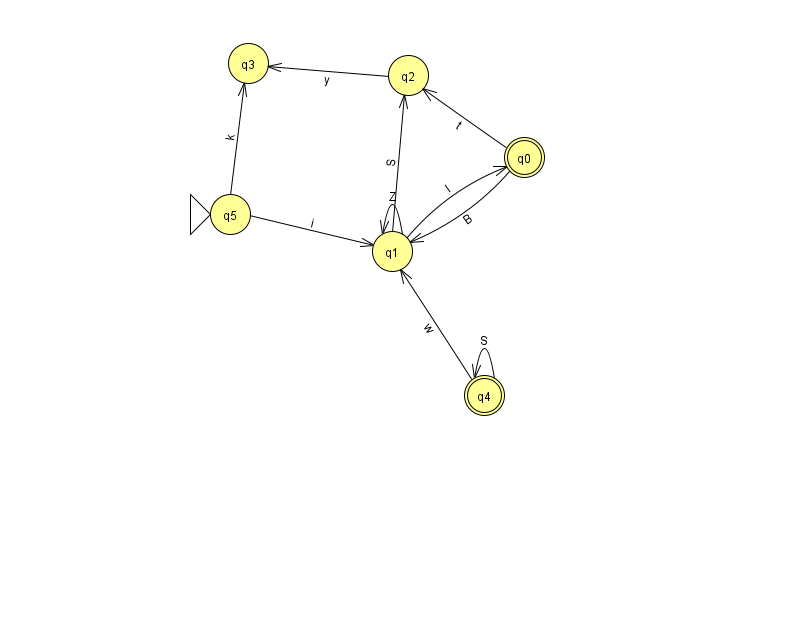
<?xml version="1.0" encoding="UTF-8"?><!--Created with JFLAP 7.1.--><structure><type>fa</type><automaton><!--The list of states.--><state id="0" name="q0"><x>524.0</x><y>144.0</y><final/></state><state id="1" name="q1"><x>392.0</x><y>238.0</y></state><state id="2" name="q2"><x>408.0</x><y>62.0</y></state><state id="3" name="q3"><x>248.0</x><y>50.0</y></state><state id="4" name="q4"><x>484.0</x><y>382.0</y><final/></state><state id="5" name="q5"><x>230.0</x><y>201.0</y><initial/></state><!--The list of transitions.--><transition><from>1</from><to>2</to><read>S</read></transition><transition><from>2</from><to>3</to><read>y</read></transition><transition><from>0</from><to>1</to><read>B</read></transition><transition><from>4</from><to>4</to><read>S</read></transition><transition><from>5</from><to>3</to><read>k</read></transition><transition><from>0</from><to>2</to><read>t</read></transition><transition><from>1</from><to>0</to><read>I</read></transition><transition><from>4</from><to>1</to><read>w</read></transition><transition><from>1</from><to>1</to><read>Z</read></transition><transition><from>5</from><to>1</to><read>i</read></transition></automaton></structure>